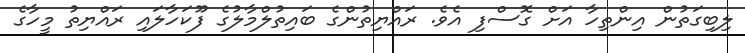
ލިބިގަތުން އިންތިހާ އަށް ގޮސްފި އެވެ. ރައްޔިތުންގެ ބައިތުލްމާލުގެ ފޫކަހާލައި ރައްޔިތު މީހާގެ